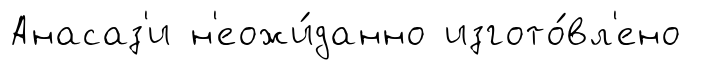
Анасаз'и н'еожи́данно изгото́вл'ено